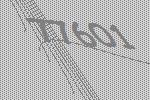
77601